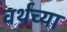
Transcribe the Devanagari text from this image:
वर्थच्या